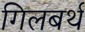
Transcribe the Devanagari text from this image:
गिलबर्थ